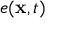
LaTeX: e ( \mathbf { x } , t )